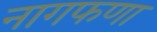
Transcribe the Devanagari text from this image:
नागफणा